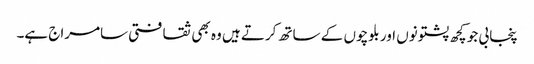
پنجابی جو کچھ پشتونوں اور بلوچوں کے ساتھ کرتے ہیں وہ بھی ثقافتی سامراج ہے۔